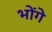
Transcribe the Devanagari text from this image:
भोंगे